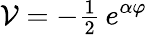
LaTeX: {\cal V}=-{\textstyle\frac{1}{2}}\, e^{\alpha\varphi}